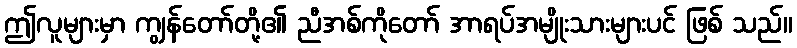
ဤလူများမှာ ကျွန်တော်တို့၏ ညီအစ်ကိုတော် အာရပ်အမျိုးသားများပင် ဖြစ် သည်။